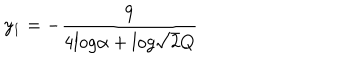
y _ { 1 } = - \frac { 9 } { 4 l o g \alpha + l o g \sqrt { 2 } Q }